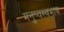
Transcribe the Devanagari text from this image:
मनुष्यस्वभाव